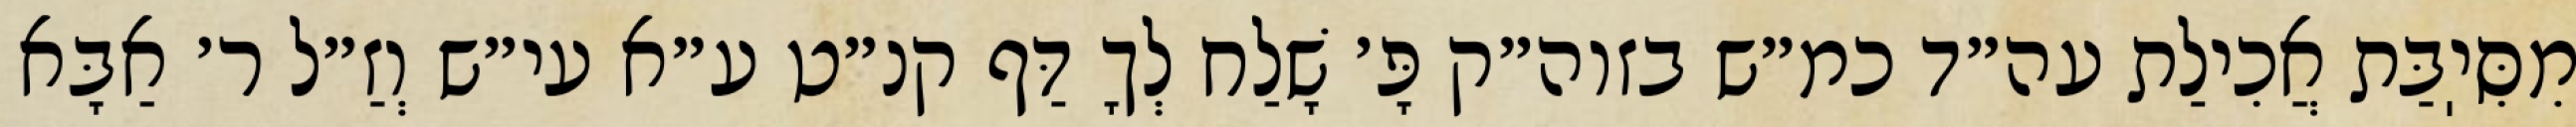
מִסִּיֽבַּת אֲכִילַת עה״ד כמ״ש בזוה״ק פָּ׳ שָׁלַח לְךָ דַּף קנ״ט ע״א עי״ש וְזַ״ל ר׳ אַבָּא